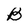
Character: B